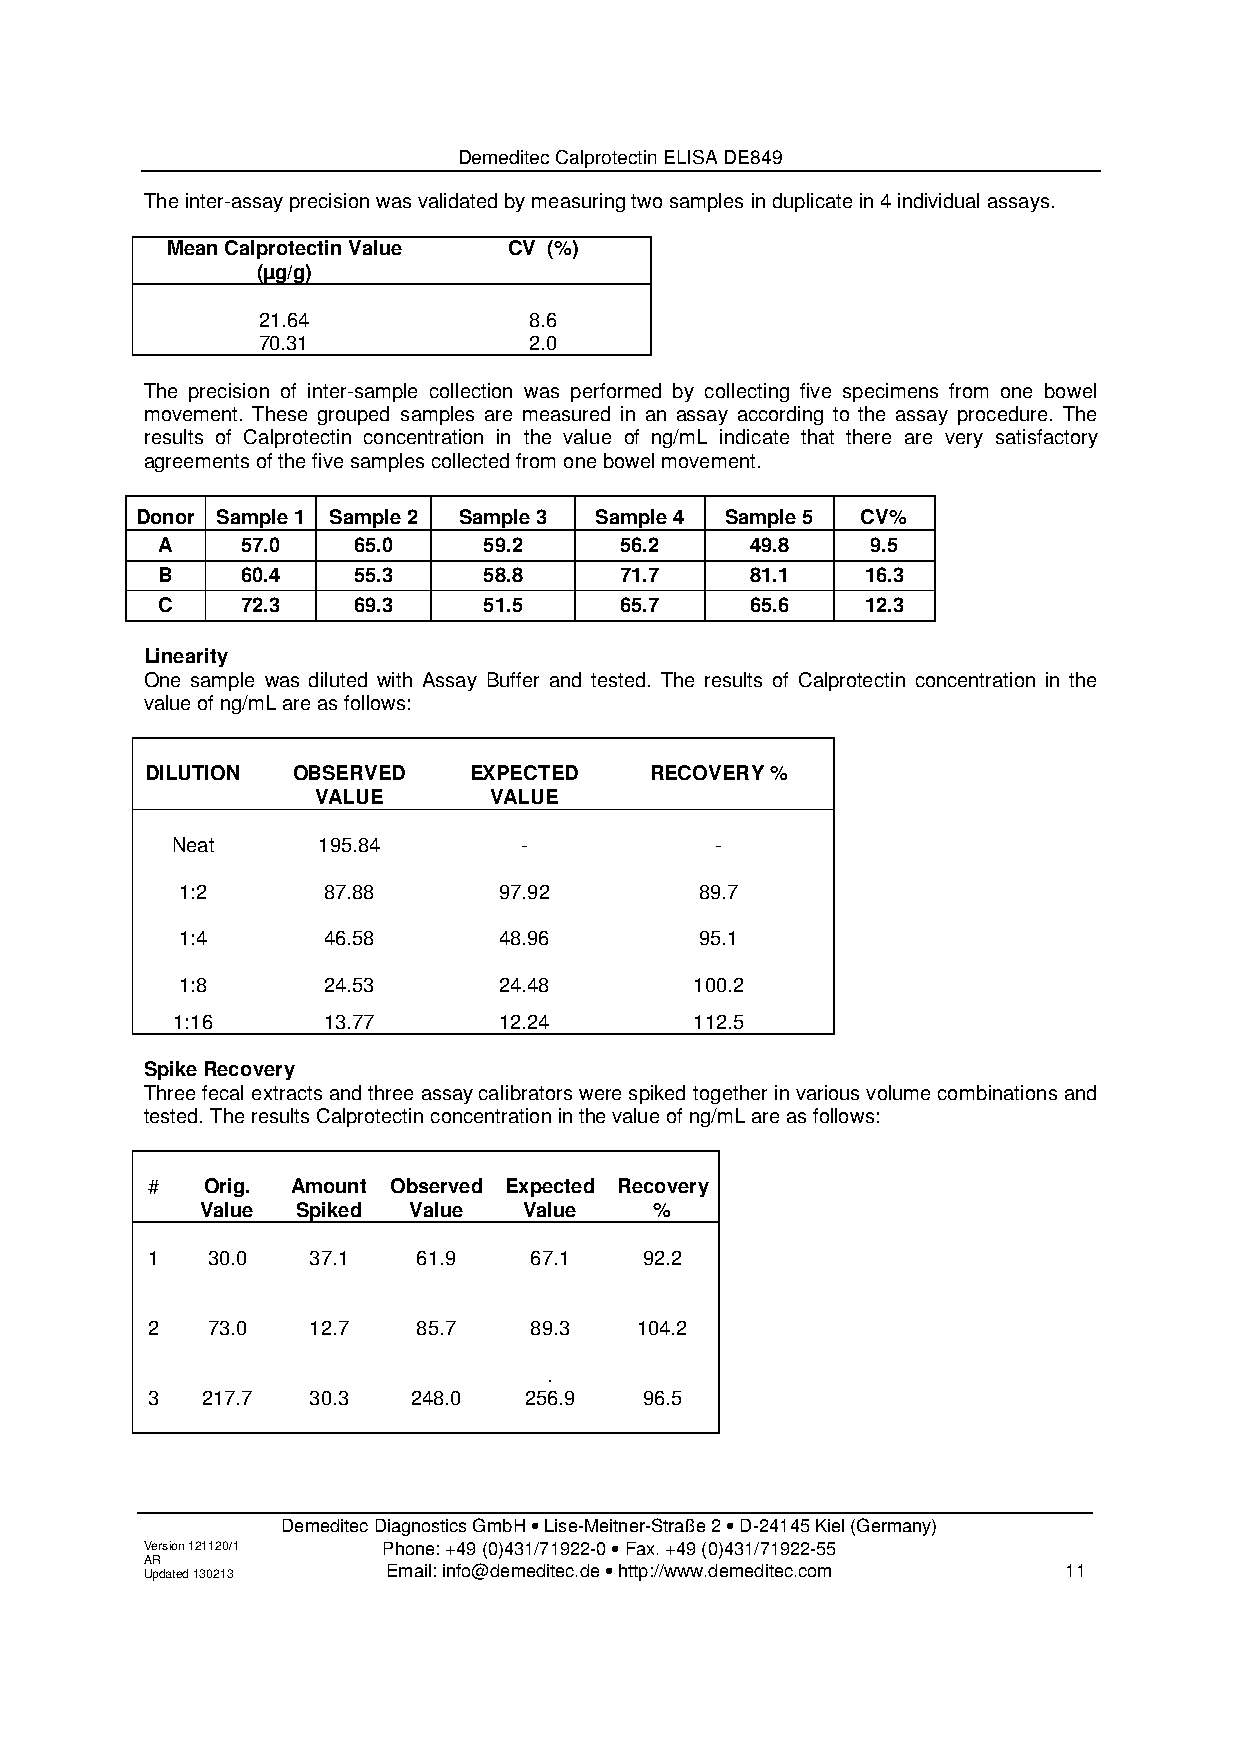
Demeditec Calprotectin ELISA DE849
 The inter-assay precision was validated by measuring two samples in duplicate in 4 individual assays.
 Mean Calprotectin Value CV (%)
 (µg/g)
 21.64             8.6
 70.31             2.0
 The precision of inter-sample collection was performed by collecting five specimens from one bowel
 movement. These grouped samples are measured in an assay according to the assay procedure. The
 results of Calprotectin concentration in the value of ng/mL indicate that there are very satisfactory
 agreements of the five samples collected from one bowel movement.
 Donor Sample 1 Sample 2 Sample 3 Sample 4 Sample 5 CV%
 A     57.0   65.0     59.2     56.2     49.8    9.5
 B     60.4   55.3     58.8     71.7     81.1   16.3
 C     72.3   69.3     51.5     65.7     65.6   12.3
 Linearity
 One sample was diluted with Assay Buffer and tested. The results of Calprotectin concentration in the
 value of ng/mL are as follows:
 DILUTION OBSERVED    EXPECTED    RECOVERY %
 VALUE      VALUE
 Neat      195.84        -           -
 1:2      87.88       97.92        89.7
 1:4      46.58       48.96        95.1
 1:8      24.53       24.48        100.2
 1:16      13.77       12.24        112.5
 Spike Recovery
 Three fecal extracts and three assay calibrators were spiked together in various volume combinations and
 tested. The results Calprotectin concentration in the value of ng/mL are as follows:
 #  Orig. Amount Observed Expected Recovery
 Value  Spiked Value   Value   %
 1   30.0  37.1    61.9   67.1    92.2
 2   73.0  12.7    85.7   89.3   104.2
 .
 3  217.7  30.3   248.0   256.9   96.5
 Demeditec Diagnostics GmbH • Lise-Meitner-Straße 2 • D-24145 Kiel (Germany)
 Version 121120/1 Phone: +49 (0)431/71922-0 • Fax. +49 (0)431/71922-55
 A UR pd ated 130213 Email: info@demeditec.de • http://www.demeditec.com 11